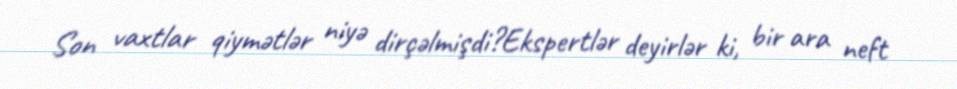
Son vaxtlar qiymətlər niyə dirçəlmişdi?Ekspertlər deyirlər ki, bir ara neft